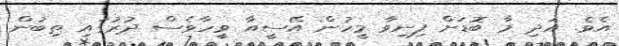
އެވެ. އަދި މާ ބޮޑަށް ފިނިވާ މީހުން އޭސީއާ ވީހާވެސް ދުރުގައި ތިބުން